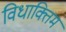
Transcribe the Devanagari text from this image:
विधाक्तिम